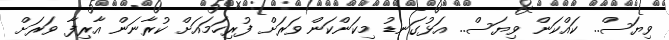
ވިޔަސް.. ކައްކަން ވިޔަސް.. އަޅުގަނޑު މިކަންކަން ވަރަށް ފުރިހަމައަށް ކުރާނަން އާރިފާ ވަރަށް